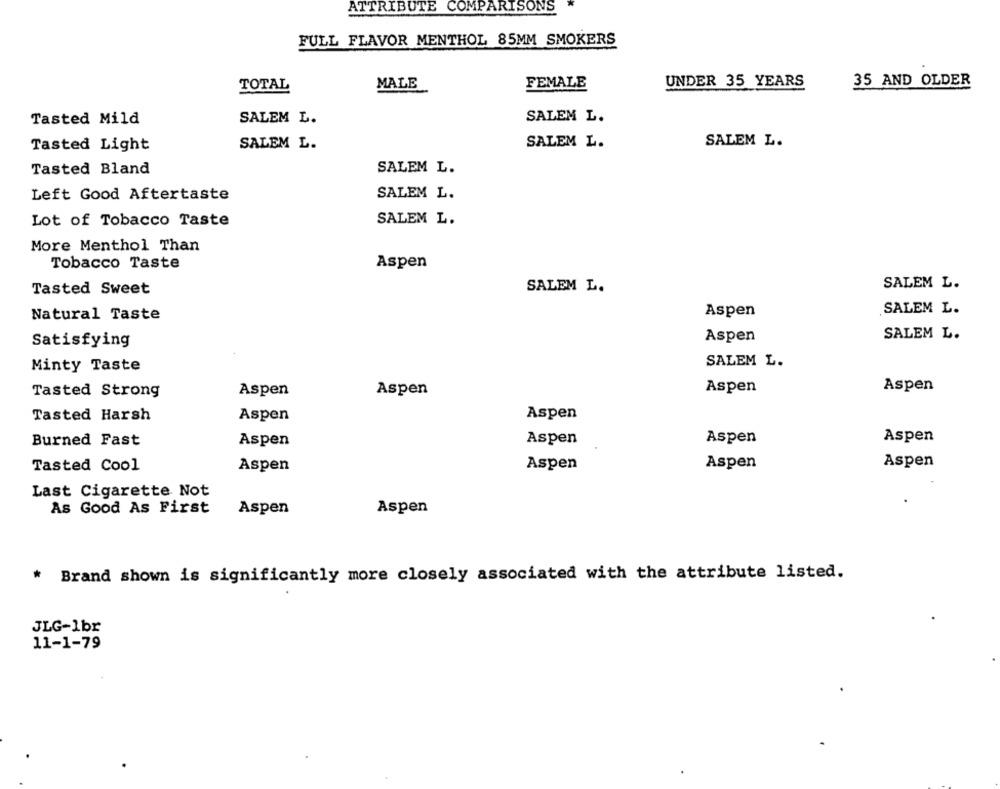
ATTRIBUTE COMPARISONS
FULL FLAVOR MENTHOL 85MM SMOKERS
TOTAL
MALE
FEMALE
UNDER 35 YEARS
35 AND OLDER
SALEM L.
SALEM L.
Tasted Mild
Tasted Light
SALEM L.
SALEM L.
SALEM L.
Tasted Bland
SALEM L.
Left Good Aftertaste
SALEM L.
Lot of Tobacco Taste
SALEM L.
More Menthol Than
Tobacco Taste
Aspen
Tasted Sweet
SALEM L.
SALEM L.
Natural Taste
Aspen
SALEM L.
Aspen
SALEM L.
Satisfying
SALEM L.
Minty Taste
Aspen
Tasted Strong
Aspen
Aspen
Aspen
Tasted Harsh
Aspen
Aspen
Burned Fast
Aspen
Aspen
Aspen
Aspen
Aspen
Aspen
Tasted Cool
Aspen
Aspen
Last Cigarette Not
As Good As First
Aspen
Aspen
Brand shown is significantly more closely associated with the attribute listed.
*
JLG-1br
11-1-79